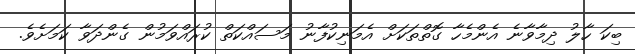
ބިކަ ހާލު ދިމާވާނެ އެންމެހާ ގޮތްތަކަށް އެމަނިކުފާނު މަސައްކަތް ކުރައްވަމުން ގެންދަވާ ކަމަށެވެ.